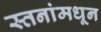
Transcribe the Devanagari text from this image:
स्तनांमधून